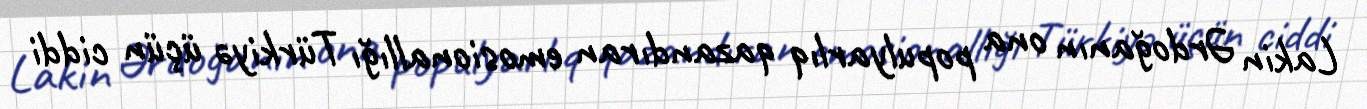
Lakin Ərdoğanın ona populyarlıq qazandıran emosionallığı Türkiyə üçün ciddi